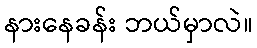
နားနေခန်း ဘယ်မှာလဲ။